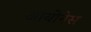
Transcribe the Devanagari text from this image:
आयोनेस